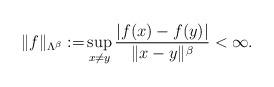
LaTeX: \begin{align*}\|f\|_{\Lambda^\beta}:=&\sup_{x\ne y} \frac{|f(x)-f(y)|}{\|x-y\|^\beta}<\infty.\end{align*}